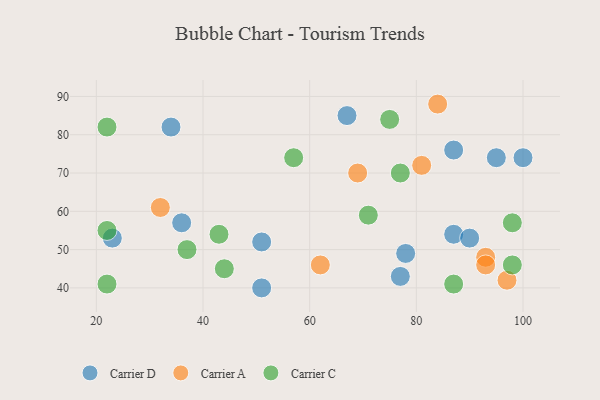
{"axis": {"x": "GDP", "y": "Life Expectancy"}, "legend": ["Carrier A", "Carrier C", "Carrier D"], "data": [{"x": "87", "y": 54, "type": "Carrier D"}, {"x": "36", "y": 57, "type": "Carrier D"}, {"x": "23", "y": 53, "type": "Carrier D"}, {"x": "51", "y": 40, "type": "Carrier D"}, {"x": "87", "y": 76, "type": "Carrier D"}, {"x": "67", "y": 85, "type": "Carrier D"}, {"x": "77", "y": 43, "type": "Carrier D"}, {"x": "78", "y": 49, "type": "Carrier D"}, {"x": "51", "y": 52, "type": "Carrier D"}, {"x": "34", "y": 82, "type": "Carrier D"}, {"x": "95", "y": 74, "type": "Carrier D"}, {"x": "100", "y": 74, "type": "Carrier D"}, {"x": "90", "y": 53, "type": "Carrier D"}, {"x": "97", "y": 42, "type": "Carrier A"}, {"x": "93", "y": 48, "type": "Carrier A"}, {"x": "84", "y": 88, "type": "Carrier A"}, {"x": "62", "y": 46, "type": "Carrier A"}, {"x": "93", "y": 46, "type": "Carrier A"}, {"x": "81", "y": 72, "type": "Carrier A"}, {"x": "69", "y": 70, "type": "Carrier A"}, {"x": "32", "y": 61, "type": "Carrier A"}, {"x": "43", "y": 54, "type": "Carrier C"}, {"x": "57", "y": 74, "type": "Carrier C"}, {"x": "75", "y": 84, "type": "Carrier C"}, {"x": "87", "y": 41, "type": "Carrier C"}, {"x": "22", "y": 55, "type": "Carrier C"}, {"x": "22", "y": 82, "type": "Carrier C"}, {"x": "22", "y": 41, "type": "Carrier C"}, {"x": "37", "y": 50, "type": "Carrier C"}, {"x": "98", "y": 57, "type": "Carrier C"}, {"x": "77", "y": 70, "type": "Carrier C"}, {"x": "71", "y": 59, "type": "Carrier C"}, {"x": "98", "y": 46, "type": "Carrier C"}, {"x": "44", "y": 45, "type": "Carrier C"}]}